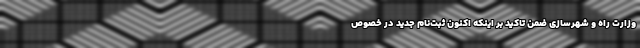
وزارت راه و شهرسازی ضمن تاکید بر اینکه اکنون ثبت‌نام جدید در خصوص